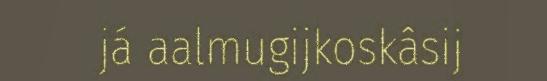
já aalmugijkoskâsij